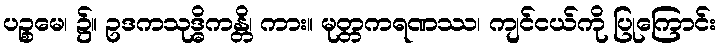
ပဉ္စမေ၊ ၌။ ဥဒကသုဒ္ဓိကန္တိ၊ ကား။ မုတ္တကရဏဿ၊ ကျင်ငယ်ကို ပြုကြောင်း